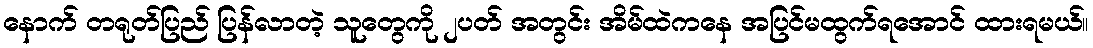
နောက် တရုတ်ပြည် ပြန်လာတဲ့ သူတွေကို ၂ပတ် အတွင်း အိမ်ထဲကနေ အပြင်မထွက်ရအောင် ထားရမယ်။